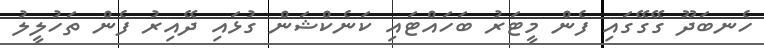
ހެނބަދޫ ގޭގޭގައި ފެން މީޓަރު ބަހައްޓައި ކަނެކްޝަން ގުޅައި ދޭއިރު ފެން ތަހުލީލު